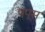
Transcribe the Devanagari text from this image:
पपूस